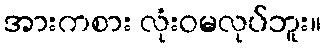
အားကစား လုံးဝမလုပ်ဘူး။